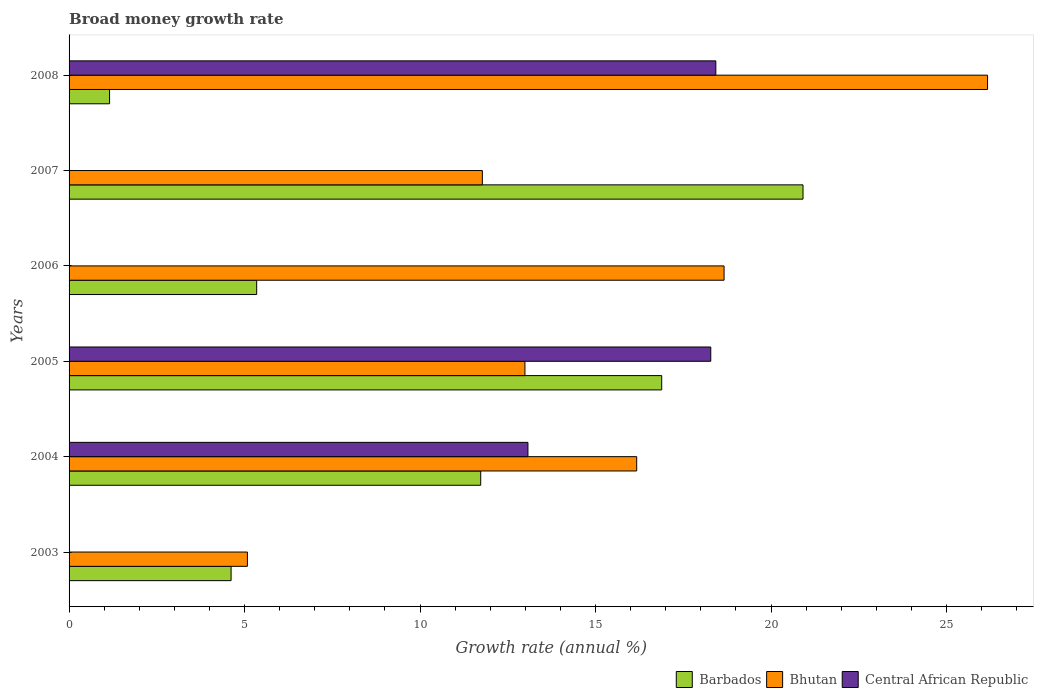
| Years | Barbados | Bhutan | Central African Republic |
 | --- | --- | --- | --- |
 | 2003 | 4.62 | 5.08 | -7.64 |
 | 2004 | 11.7 | 16.2 | 13.1 |
 | 2005 | 16.9 | 13 | 18.3 |
 | 2006 | 5.35 | 18.7 | -4.59 |
 | 2007 | 20.9 | 11.8 | -6.31 |
 | 2008 | 1.15 | 26.2 | 18.4 |